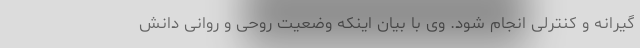
گیرانه و کنترلی انجام شود. وی با بیان اینکه وضعیت روحی و روانی دانش